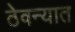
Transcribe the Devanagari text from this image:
ठेवन्यात